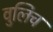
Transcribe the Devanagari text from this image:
वुलिच